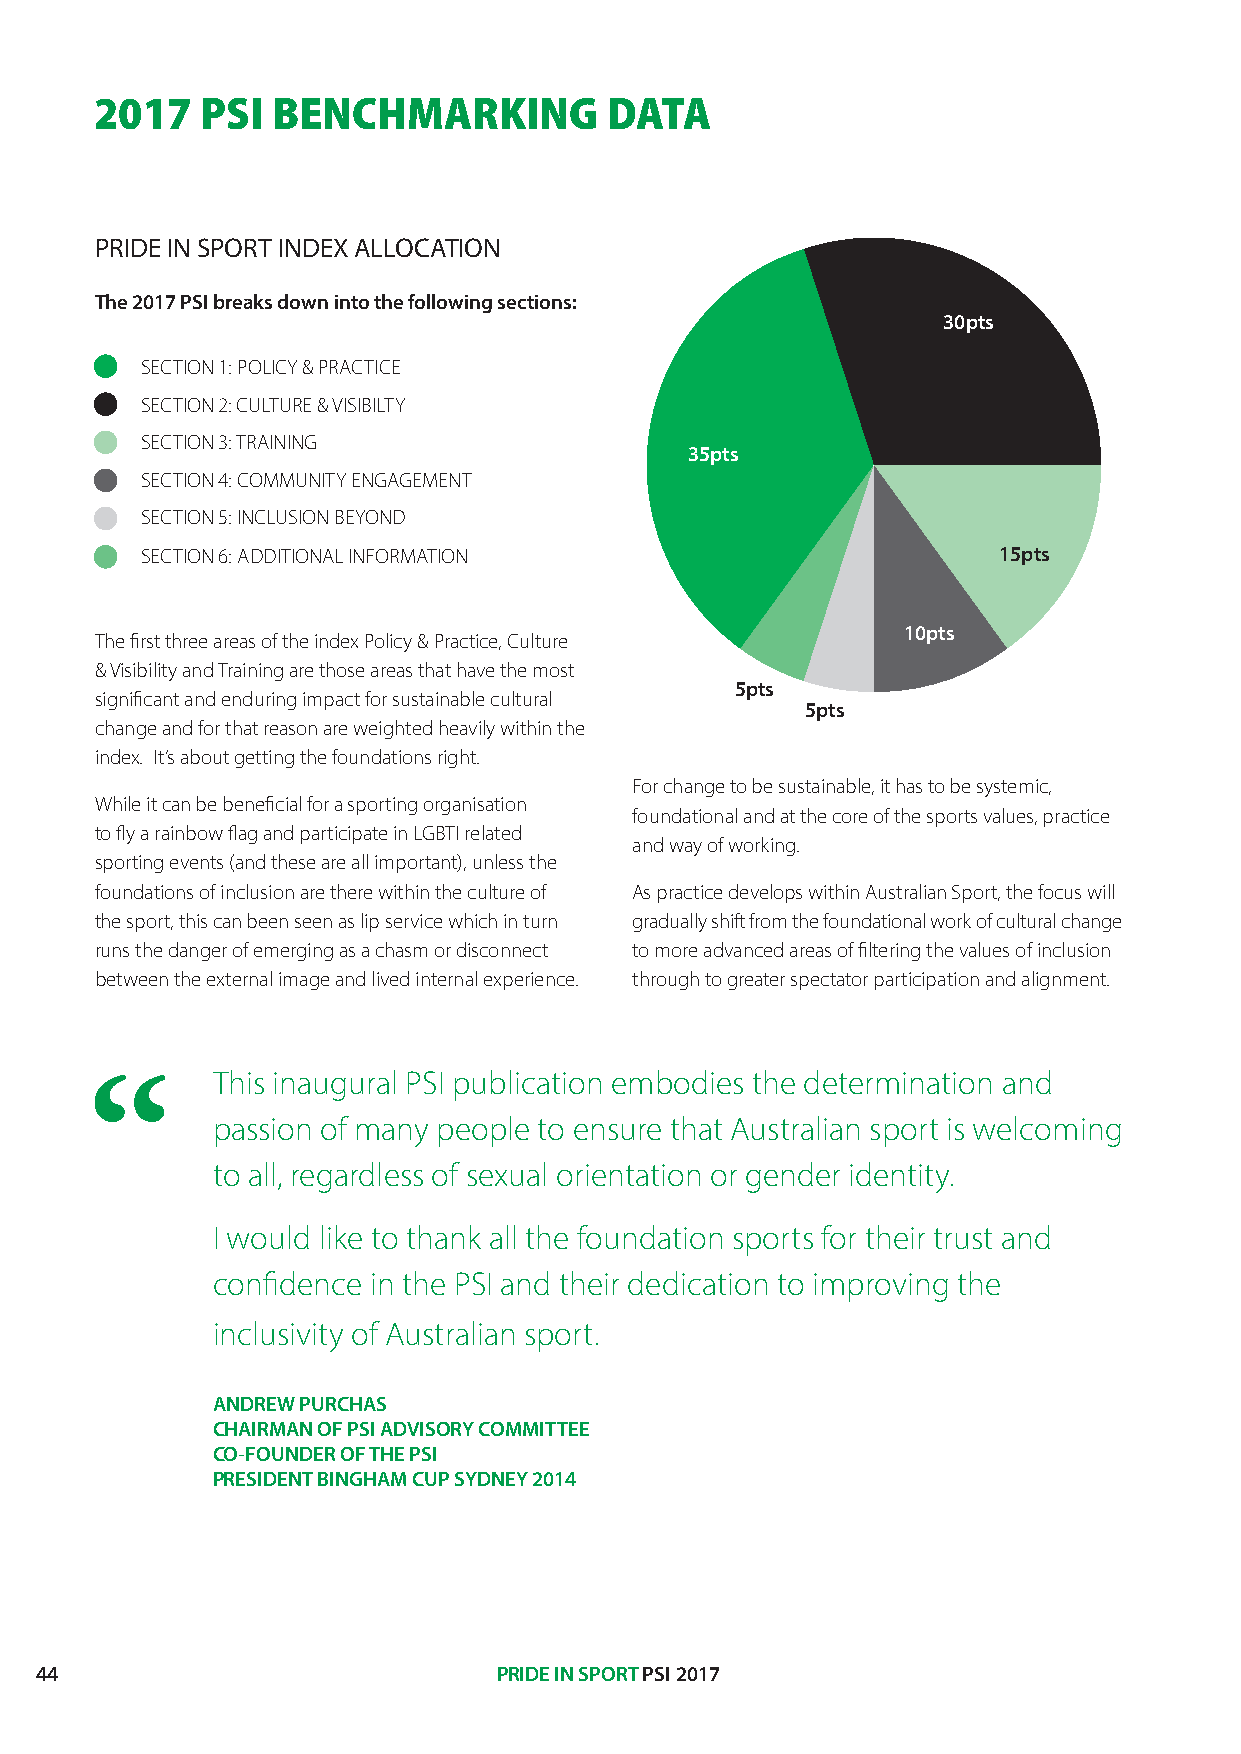
22001177 PPSSII BBEENNCCHHMMAARRKKIINNGG DDAATTAA
 PRIDE IN SPORT INDEX ALLOCATION
 The 2017 PSI breaks down into the following sections:
 30pts
 SECTION 1: POLICY & PRACTICE
 SECTION 2: CULTURE & VISIBILTY
 SECTION 3: TRAINING
 35pts
 SECTION 4: COMMUNITY ENGAGEMENT
 SECTION 5: INCLUSION BEYOND
 SECTION 6: ADDITIONAL INFORMATION                        15pts
 10pts
 The first three areas of the index Policy & Practice, Culture
 & Visibility and Training are those areas that have the most
 5pts
 significant and enduring impact for sustainable cultural
 5pts
 change and for that reason are weighted heavily within the
 index. It’s about getting the foundations right.
 For change to be sustainable, it has to be systemic,
 While it can be beneficial for a sporting organisation
 foundational and at the core of the sports values, practice
 to fly a rainbow flag and participate in LGBTI related
 and way of working.
 sporting events (and these are all important), unless the
 foundations of inclusion are there within the culture of As practice develops within Australian Sport, the focus will
 the sport, this can been seen as lip service which in turn gradually shift from the foundational work of cultural change
 runs the danger of emerging as a chasm or disconnect to more advanced areas of filtering the values of inclusion
 between the external image and lived internal experience. through to greater spectator participation and alignment.
 This inaugural PSI publication embodies the determination and
 passion of many people to ensure that Australian sport is welcoming
 to all, regardless of sexual orientation or gender identity.
 I would like to thank all the foundation sports for their trust and
 confidence in the PSI and their dedication to improving the
 inclusivity of Australian sport.
 ANDREW PURCHAS
 CHAIRMAN OF PSI ADVISORY COMMITTEE
 CO-FOUNDER OF THE PSI
 PRESIDENT BINGHAM CUP SYDNEY 2014
 44                             PRIDE IN SPORT PSI 2017